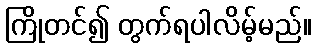
ကြိုတင်၍ တွက်ရပါလိမ့်မည်။